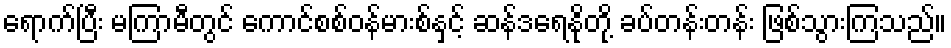
ရောက်ပြီး မကြာမီတွင် ကောင်စစ်ဝန်မားစ်နှင့် ဆန်ဒရေနိုတို့ ခပ်တန်းတန်း ဖြစ်သွားကြသည်။